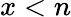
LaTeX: x<n